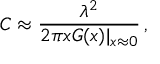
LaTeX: C \approx \frac { \lambda ^ { 2 } } { 2 \pi x G ( x ) | _ { x \approx 0 } } \, ,